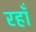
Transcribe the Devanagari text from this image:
रहाँ